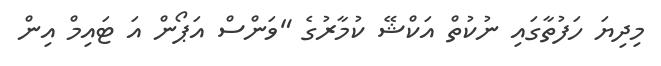
މިދިޔަ ހަފުތާގައި ނުކުތް އަކްޝޭ ކުމާރުގެ "ވަންސް އަޕޯން އަ ޓައިމް އިން